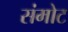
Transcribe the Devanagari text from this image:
संमोट